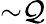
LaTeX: {\sim}\mathcal{Q}